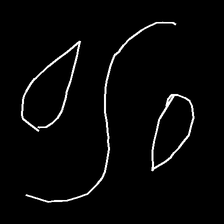
Glyph: water